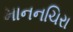
માનનચિરા